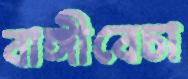
বাঙ্গীবেচা